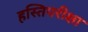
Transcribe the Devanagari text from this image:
हस्तिपरीक्षा